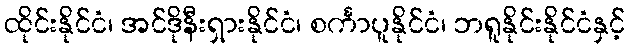
ထိုင်းနိုင်ငံ၊ အင်ဒိုနီးရှားနိုင်ငံ၊ စင်္ကာပူနိုင်ငံ၊ ဘရူနိုင်းနိုင်ငံနှင့်